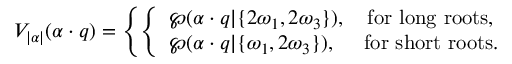
V _ { | \alpha | } ( \alpha \cdot q ) = \left\{ \left\{ \begin{array} { l l } { { \wp ( \alpha \cdot q | \{ 2 \omega _ { 1 } , 2 \omega _ { 3 } \} ) , \quad \mathrm { f o r ~ l o n g ~ r o o t s } , } } \\ { { \wp ( \alpha \cdot q | \{ \omega _ { 1 } , 2 \omega _ { 3 } \} ) , \quad \ \mathrm { f o r ~ s h o r t ~ r o o t s } . } } \end{array} \right. \right.